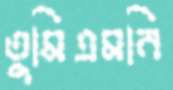
তুমিএমনি